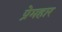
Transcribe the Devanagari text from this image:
प्रेमहार